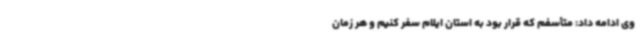
وی ادامه داد: متأسفم که قرار بود به استان ایلام سفر کنیم و هر زمان